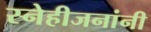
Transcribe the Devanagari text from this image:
स्नेहीजनांनी